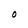
Character: O